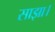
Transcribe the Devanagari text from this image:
साझा।